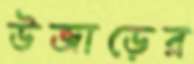
উজাড়ের